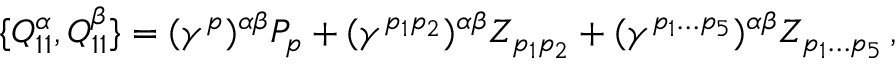
\{ { Q _ { 1 1 } ^ { \alpha } } , { Q _ { 1 1 } ^ { \beta } } \} = ( { \gamma } ^ { p } ) ^ { \alpha \beta } P _ { p } + ( { \gamma } ^ { p _ { 1 } p _ { 2 } } ) ^ { \alpha \beta } Z _ { p _ { 1 } p _ { 2 } } + ( { \gamma } ^ { p _ { 1 } \dots p _ { 5 } } ) ^ { \alpha \beta } Z _ { p _ { 1 } \dots p _ { 5 } } \, ,